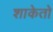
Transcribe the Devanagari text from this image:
शाकेतो